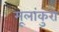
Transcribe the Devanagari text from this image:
मूलांकुरो